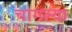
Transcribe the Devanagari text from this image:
चागल्या